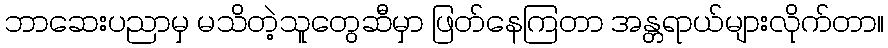
ဘာဆေးပညာမှ မသိတဲ့သူတွေဆီမှာ ဖြတ်နေကြတာ အန္တရာယ်များလိုက်တာ။